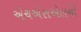
એચએસએલની